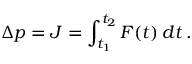
\Delta p = J = \int _ { t _ { 1 } } ^ { t _ { 2 } } F ( t ) \, d t \, .